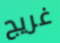
غريج